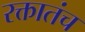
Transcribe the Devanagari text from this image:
रक्तातंच